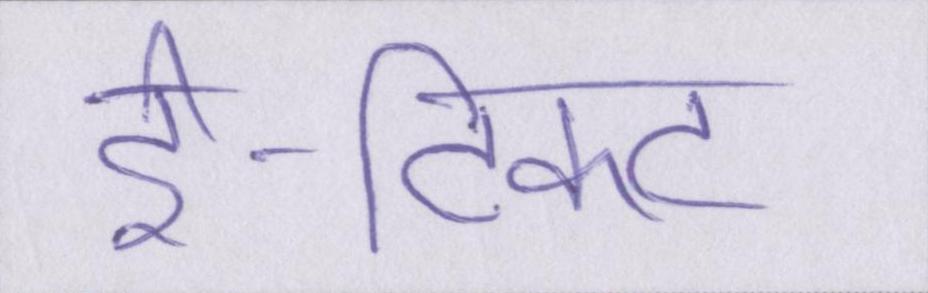
ई-टिकट